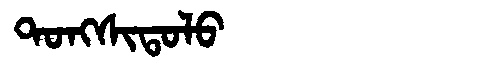
Manchu: ᡨᠣᠩᠰᡳᡨᠣᠯᠣ
Romanization: TONGSITOLO